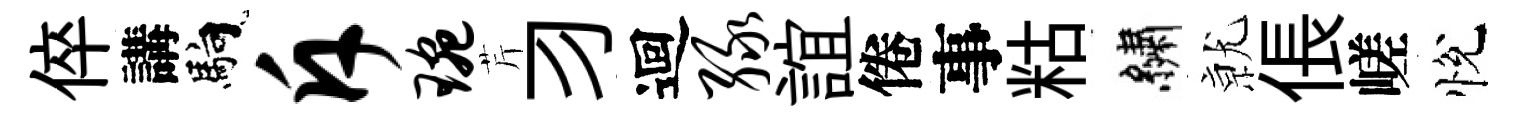
倅講馿斥琬芹习迴绿誼倦事䊀繡𭕒倀嵯悅